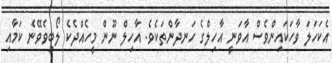
އެކަހަލަ ވާހަކައިންވެސް އާވަނީ އާހިލްގެ ހަނދާންތަކެވެ. އާހިލް ނޫން މީހެއްދެކެ ލޯބިވެވޭނެ ކަމާއި